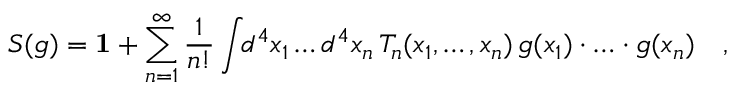
S ( g ) = { \bf 1 } + \sum _ { n = 1 } ^ { \infty } \frac { 1 } { n ! } \int \! \! d ^ { 4 } x _ { 1 } \ldots d ^ { 4 } x _ { n } \, T _ { n } ( x _ { 1 } , \ldots , x _ { n } ) \, g ( x _ { 1 } ) \cdot \ldots \cdot g ( x _ { n } ) \quad ,